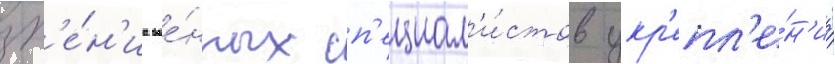
зр'е́н'иа вое́нных сп'ециал'и́стов укр'епл'е́н'иа